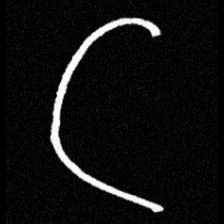
Pyu character \u2014 Myanmar letter: ဋ (romanized: tta)